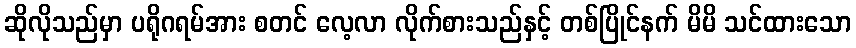
ဆိုလိုသည်မှာ ပရိုဂရမ်အား စတင် လေ့လာ လိုက်စားသည်နှင့် တစ်ပြိုင်နက် မိမိ သင်ထားသော